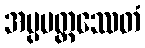
အပ္ပမတ္တဿေတံ